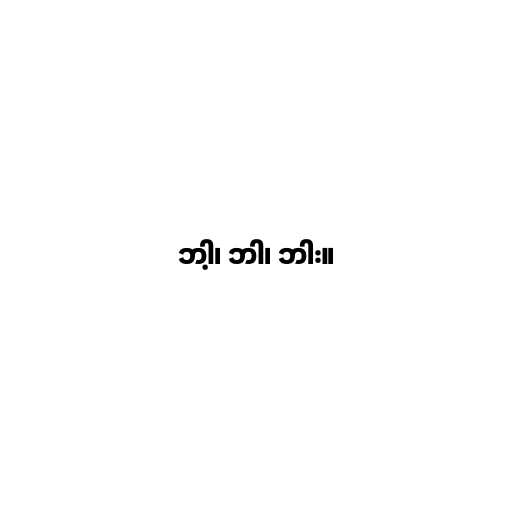
ဘါ့၊ ဘါ၊ ဘါး။